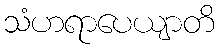
သံဟရာပေယျာတိ